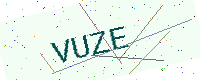
Text: VUZE